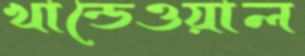
খান্ডেওয়াল